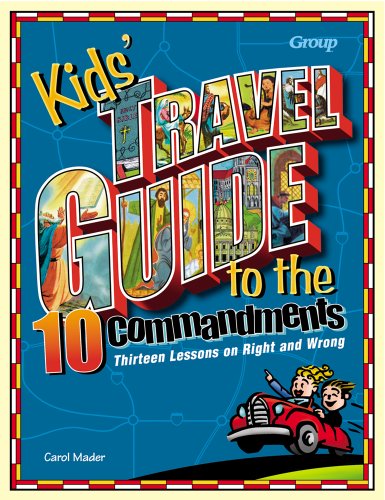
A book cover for Kids' Travel Guide to the Ten Commandments: Thirteen Lessons on Right and Wrong; Carol Mader; Christian Books & Bibles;